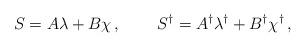
LaTeX: \begin{align*}S=A\lambda +B\chi \, , \qquad \, S^\dagger =A^\dagger \lambda^\dagger +B^\dagger \chi^\dagger \, ,\end{align*}